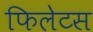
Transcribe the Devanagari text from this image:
फिलेटस